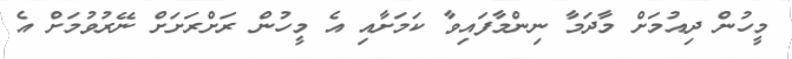
މީހުން ދިއުމަށް މާދަމާ ނިންމާފައިވާ ކަމަށާއި އެ މީހުން ރަށްރަށަށް ނޭރުވުމަށް އެ